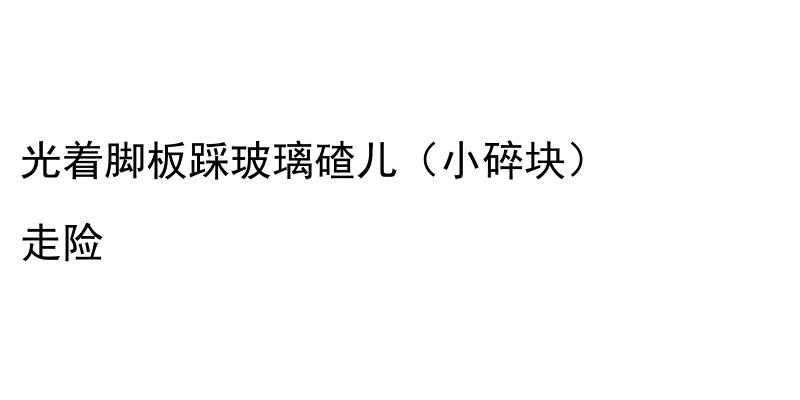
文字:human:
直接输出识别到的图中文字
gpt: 光着脚板踩玻璃碴儿（小碎块） 走险